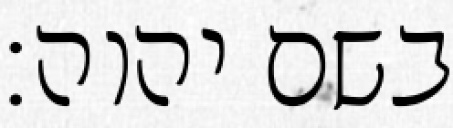
בשם יהוה׃